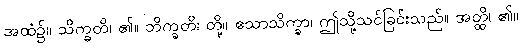
အထံ၌။ သိက္ခတိ၊ ၏။ ဘိက္ခတိ၊ တို့။ ဧသာသိက္ခာ၊ ဤသို့သင်ခြင်းသည်။ အတ္ထိ၊ ၏။